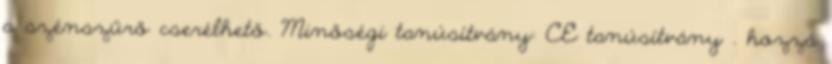
a szénszűrő cserélhető. Minőségi tanúsítvány: CE tanúsítvány . hozzá